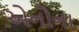
એનોના